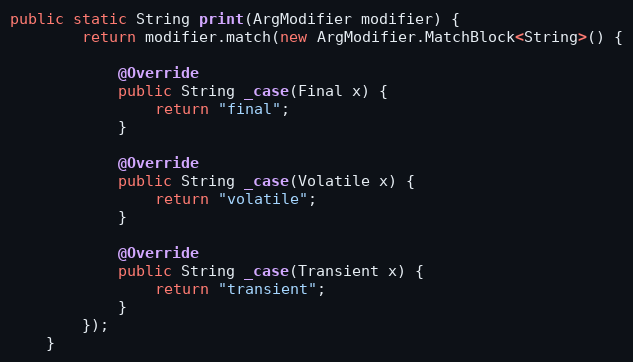
Language: Java
public static String print(ArgModifier modifier) {
        return modifier.match(new ArgModifier.MatchBlock<String>() {

            @Override
            public String _case(Final x) {
                return "final";
            }

            @Override
            public String _case(Volatile x) {
                return "volatile";
            }

            @Override
            public String _case(Transient x) {
                return "transient";
            }
        });
    }